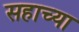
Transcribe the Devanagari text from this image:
सहाच्या